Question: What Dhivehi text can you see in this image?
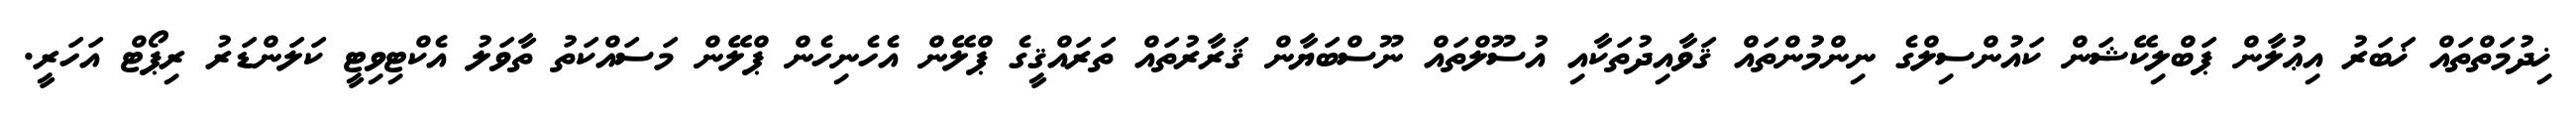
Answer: ޚިދުމަތްތައް ޚަބަރު އިޢުލާން ޕަބްލިކޭޝަން ކައުންސިލްގެ ނިންމުންތައް ޤަވާއިދުތަކާއި އުސޫލްތައް ނޫސްބަޔާން ޤަރާރުތައް ތަރައްޤީގެ ޕްލޭން އެހެނިހެން ޕްލޭން މަސައްކަތު ތާވަލު އެކްޓިވިޓީ ކަލަންޑަރު ރިޕޯޓް އަހަރީ.